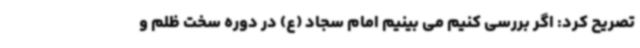
تصریح کرد: اگر بررسی کنیم می بینیم امام سجاد (ع) در دوره سخت ظلم و